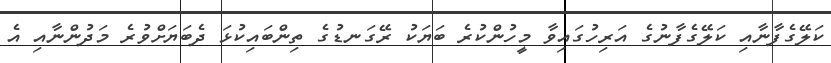
ކަލޭގެފާނާއި ކަލޭގެފާނުގެ އަރިހުގައިވާ މީހުންކުރެ ބަޔަކު ރޭގަނޑުގެ ތިންބައިކުޅަ ދެބަޔަށްވުރެ މަދުންނާއި އެ